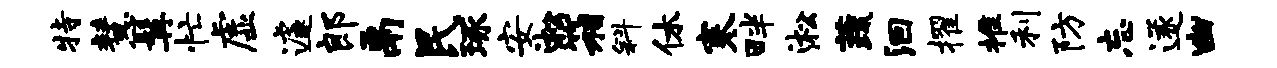
特慧髯忙虚遽郎鬲民琢安淞箱斜休寒畔淞蔬洄擢推利防忘遂幽